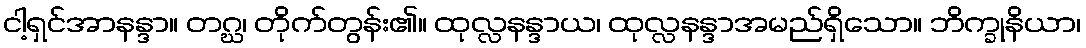
ငါ့ရှင်အာနန္ဒာ။ တဂ္ဃ၊ တိုက်တွန်း၏။ ထုလ္လနန္ဒာယ၊ ထုလ္လနန္ဒာအမည်ရှိသော။ ဘိက္ခုနိယာ၊